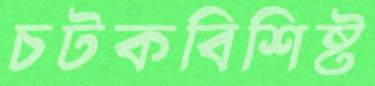
চটকবিশিষ্ট